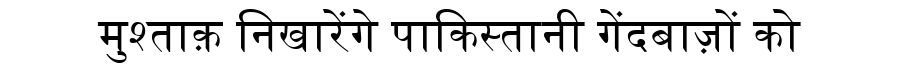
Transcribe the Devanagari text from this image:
मुश्ताक़ निखारेंगे पाकिस्तानी गेंदबाज़ों को